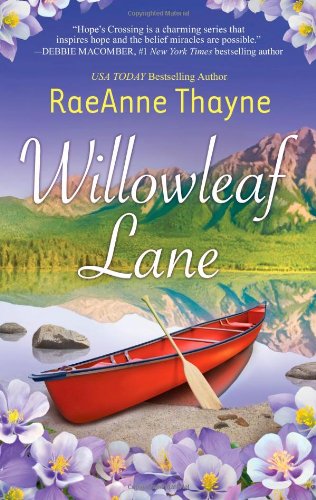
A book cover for Willowleaf Lane; RaeAnne Thayne; Romance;